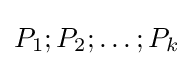
P_{1};P_{2};\dots ;P_{k}